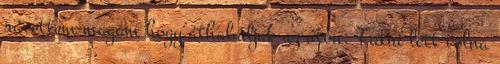
rávettem magam hogy áthaladjak az úton. Futni lett volna